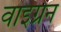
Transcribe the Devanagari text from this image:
वाइग्रेन